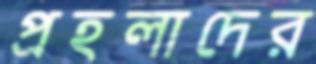
প্রহলাদের